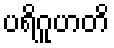
ပရိဂူဟတိ